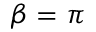
\beta = \pi